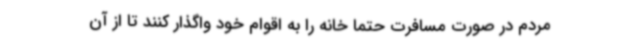
مردم در صورت مسافرت حتماً خانه را به اقوام خود واگذار کنند تا از آن